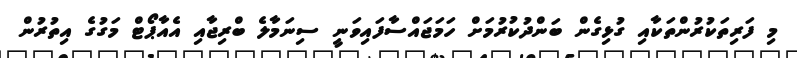
މި ފަރިތަކުރުންތަކާއި ގުޅިގެން ބަންދުކުރުމަށް ހަމަޖައްސާފައިވަނީ ސިނަމާލެ ބްރިޖާއި އެއާޕޯޓް މަގުގެ އިތުރުން